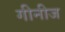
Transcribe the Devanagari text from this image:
गीनीज